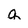
Character: a